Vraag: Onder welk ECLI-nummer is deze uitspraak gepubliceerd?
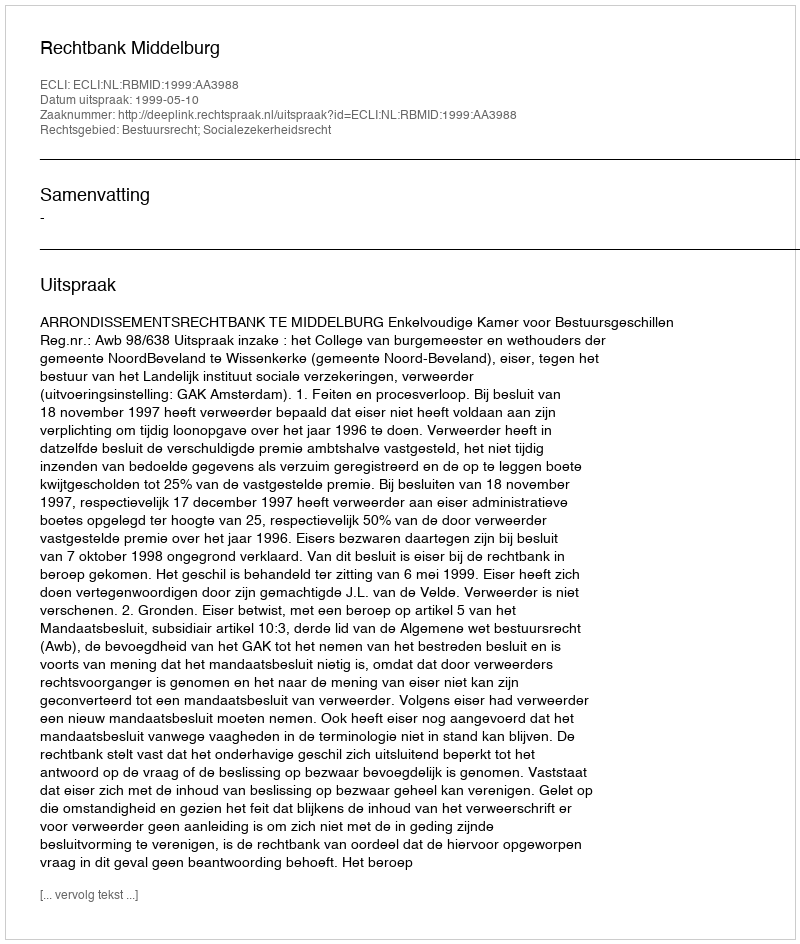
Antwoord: ECLI:NL:RBMID:1999:AA3988